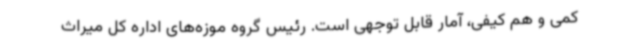
کمی و هم کیفی، آمار قابل توجهی است. رئیس گروه موزه‌های اداره کل میراث